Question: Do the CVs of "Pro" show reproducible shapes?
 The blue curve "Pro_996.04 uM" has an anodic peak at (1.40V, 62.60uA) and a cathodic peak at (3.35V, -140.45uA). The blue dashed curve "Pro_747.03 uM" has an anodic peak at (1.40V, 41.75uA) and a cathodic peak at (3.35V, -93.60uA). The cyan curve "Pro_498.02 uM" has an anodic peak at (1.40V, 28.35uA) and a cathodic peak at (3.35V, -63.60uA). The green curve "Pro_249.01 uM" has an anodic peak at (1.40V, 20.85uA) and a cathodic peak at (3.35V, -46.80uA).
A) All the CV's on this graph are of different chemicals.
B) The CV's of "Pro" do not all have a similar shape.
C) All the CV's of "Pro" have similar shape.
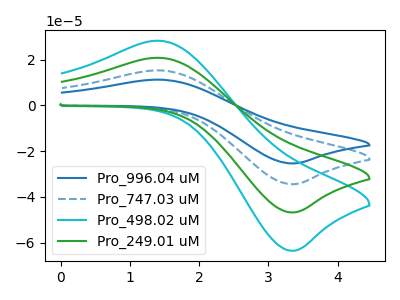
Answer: <think>All the peaks in "Pro_996.04 uM" have a peak in "Pro_747.03 uM" at the same potential. Every peak in "Pro_996.04 uM" is higher than every peak in "Pro_747.03 uM". All the peaks in "Pro_996.04 uM" have a peak in "Pro_498.02 uM" at the same potential. Every peak in "Pro_996.04 uM" is higher than every peak in "Pro_498.02 uM". All the peaks in "Pro_996.04 uM" have a peak in "Pro_249.01 uM" at the same potential. Every peak in "Pro_996.04 uM" is higher than every peak in "Pro_249.01 uM". All the peaks in "Pro_747.03 uM" have a peak in "Pro_498.02 uM" at the same potential. Every peak in "Pro_747.03 uM" is higher than every peak in "Pro_498.02 uM". All the peaks in "Pro_747.03 uM" have a peak in "Pro_249.01 uM" at the same potential. Every peak in "Pro_747.03 uM" is higher than every peak in "Pro_249.01 uM". All the peaks in "Pro_498.02 uM" have a peak in "Pro_249.01 uM" at the same potential. Every peak in "Pro_498.02 uM" is higher than every peak in "Pro_249.01 uM".
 </think>
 <answer>C) All the CV's of "Pro" have similar shape.</answer>
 <eval>C</eval>